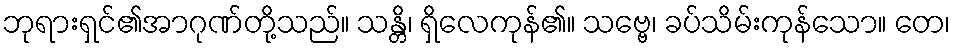
ဘုရားရှင်၏အာဂုဏ်တို့သည်။ သန္တိ၊ ရှိလေကုန်၏။ သဗ္ဗေ၊ ခပ်သိမ်းကုန်သော။ တေ၊